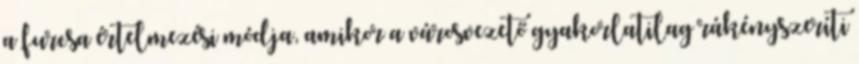
a furcsa értelmezési módja, amikor a városvezető gyakorlatilag rákényszeríti